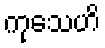
ကုသေဟိ